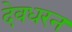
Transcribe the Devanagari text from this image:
देवधरन